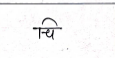
मजकूर: चि